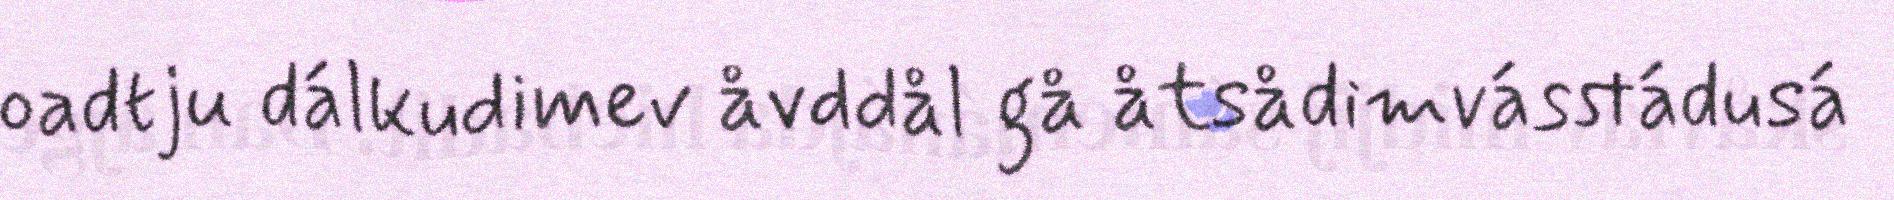
oadtju dálkudimev åvddål gå åtsådimvásstádusá